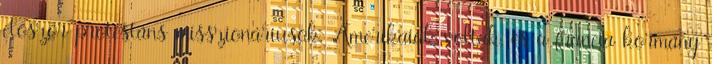
először protestáns misszionáriusok. Amerikaiak voltak, és a francia kormány